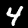
Digit: 4